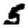
Digit: 5